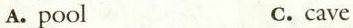
A.pool C.cave